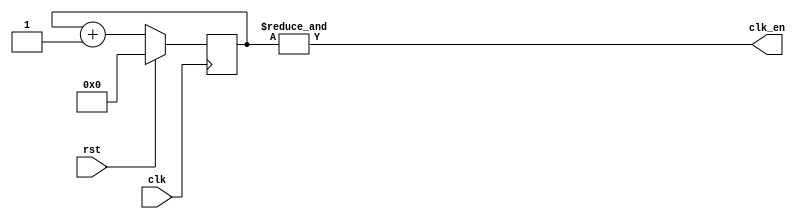
// The clock rate clk in cycles per secondes gets divided by 2^EXP cycles.
// For example a 100MHz clk with EXP = 25, clk_en will be 0.334Hz.

module ClkDiv(input clk, input rst, output clk_en);
parameter EXP = 25;
reg [EXP-1:0] clk_count; 

always @ (posedge clk) 
begin 
    if (rst) clk_count <= 0; 
    else clk_count <= clk_count + 1; 
end

assign clk_en = &clk_count;
endmodule